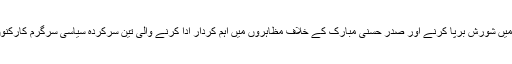
واشنگٹن — مصر میں 2011ء میں ہونے والی انقلاب میں شورش برپا کرنے اور صدر حسنی مبارک کے خلاف مظاہروں میں اہم کردار ادا کرنے والی تین سرکردہ سیاسی سرگرم کارکنوں کو اتوار کے روز تین تین سال کی قید سنائی گئی ہے۔